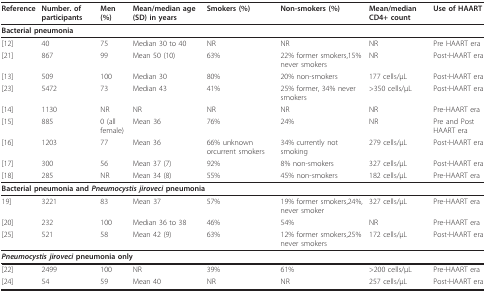
<table><thead><tr><td><b>Reference</b></td><td><b>Number. of participants</b></td><td><b>Men (%)</b></td><td><b>Mean/median age(SD) in years</b></td><td><b>Smokers (%)</b></td><td><b>Non-smokers (%)</b></td><td><b>Mean/median CD4+ count</b></td><td><b>Use of HAART</b></td></tr></thead><tbody><tr><td colspan="8"><b>Bacterial pneumonia</b></td></tr><tr><td>[12]</td><td>40</td><td>75</td><td>Median 30 to 40</td><td>NR</td><td>NR</td><td>NR</td><td>Pre HAART era</td></tr><tr><td>[21]</td><td>867</td><td>99</td><td>Mean 50 (10)</td><td>63%</td><td>22% former smokers,15% never smokers</td><td>NR</td><td>Post-HAART era</td></tr><tr><td>[13]</td><td>509</td><td>100</td><td>Median 30</td><td>80%</td><td>20% non-smokers</td><td>177 cells/μL</td><td>Post-HAART era</td></tr><tr><td>[23]</td><td>5472</td><td>73</td><td>Median 43</td><td>41%</td><td>25% former, 34% never smokers</td><td>&gt;350 cells/μL</td><td>Post-HAART era</td></tr><tr><td>[14]</td><td>1130</td><td>NR</td><td>NR</td><td>NR</td><td>NR</td><td>NR</td><td>Pre-HAART era</td></tr><tr><td>[15]</td><td>885</td><td>0 (all female)</td><td>Mean 36</td><td>76%</td><td>24%</td><td>NR</td><td>Pre and Post HAART era</td></tr><tr><td>[16]</td><td>1203</td><td>77</td><td>Mean 36</td><td>66% unknown orcurrent smokers</td><td>34% currently not smoking</td><td>279 cells/μL</td><td>Post-HAART era</td></tr><tr><td>[17]</td><td>300</td><td>56</td><td>Mean 37 (7)</td><td>92%</td><td>8% non-smokers</td><td>327 cells/μL</td><td>Post-HAART era</td></tr><tr><td>[18]</td><td>285</td><td>NR</td><td>Mean 34 (8)</td><td>55%</td><td>45% non-smokers</td><td>182 cells/μL</td><td>Pre-HAART era</td></tr><tr><td colspan="8"><b>Bacterial pneumonia and <i>Pneumocystis jiroveci </i>pneumonia</b></td></tr><tr><td>19]</td><td>3221</td><td>83</td><td>Mean 37</td><td>57%</td><td>19% former smokers,24%, never smoker</td><td>327 cells/μL</td><td>Pre-HAART era</td></tr><tr><td>[20]</td><td>232</td><td>100</td><td>Median 36 to 38</td><td>46%</td><td>54%</td><td>NR</td><td>Pre-HAART era</td></tr><tr><td>[25]</td><td>521</td><td>58</td><td>Mean 42 (9)</td><td>63%</td><td>12% former smokers,25% never smokers</td><td>172 cells/μL</td><td>Post-HAART era</td></tr><tr><td colspan="8"><b><i>Pneumocystis jiroveci </i>pneumonia </b><b>only</b></td></tr><tr><td>[22]</td><td>2499</td><td>100</td><td>NR</td><td>39%</td><td>61%</td><td>&gt;200 cells/μL</td><td>Pre-HAART era</td></tr><tr><td>[24]</td><td>54</td><td>59</td><td>Mean 40</td><td>NR</td><td>NR</td><td>257 cells/μL</td><td>Post-HAART era</td></tr></tbody></table>